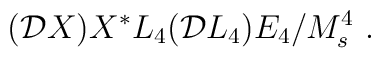
({\cal D}X) X^* L_4({\cal D} L_4) E_4/M_s^4~.